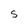
Character: S